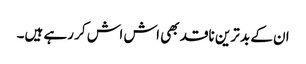
ان کے بد ترین ناقد بھی اش اش کر رہے ہیں۔